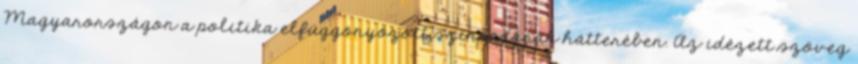
Magyarországon a po­­­li­ti­ka elfüg­gönyözött színpadának hátterében. Az idézett szöveg